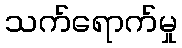
သက်ရောက်မှု